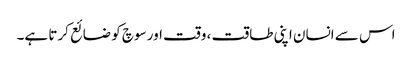
اس سے انسان اپنی طاقت ، وقت اور سوچ کو ضائع کرتا ہے۔